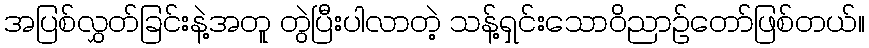
အပြစ်လွှတ်ခြင်းနဲ့အတူ တွဲပြီးပါလာတဲ့ သန့်ရှင်းသောဝိညာဉ်တော်ဖြစ်တယ်။